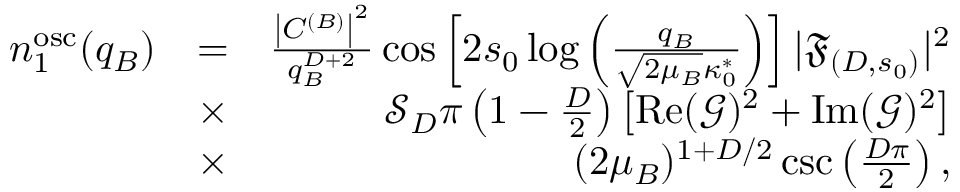
\begin{array} { r l r } { n _ { 1 } ^ { \mathrm { o s c } } ( q _ { B } ) } & { = } & { \frac { \left| C ^ { ( B ) } \right| ^ { 2 } } { q _ { B } ^ { D + 2 } } \cos \left[ 2 s _ { 0 } \log \left( \frac { q _ { B } } { \sqrt { 2 \mu _ { B } } \kappa _ { 0 } ^ { * } } \right) \right] | \mathfrak { F } _ { ( D , s _ { 0 } ) } | ^ { 2 } } \\ & { \times } & { \mathcal { S } _ { D } \pi \left( 1 - \frac D 2 \right) \left[ \operatorname { R e } ( \mathcal { G } ) ^ { 2 } + \operatorname { I m } ( \mathcal { G } ) ^ { 2 } \right] } \\ & { \times } & { ( 2 \mu _ { B } ) ^ { 1 + D / 2 } \csc \left( \frac { D \pi } { 2 } \right) , } \end{array}